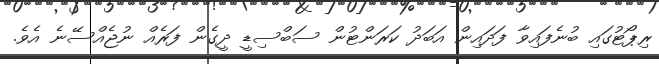
ރިޕޯޓުގައި ބުނެފައިވާ ފަދައިން އަބަދު ކަރަންޓުން ސަބްސިޑީ ދީގެން ފަރެއް ނުޖެއްސޭނެ އެވެ.